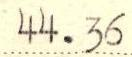
44.36